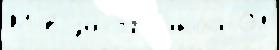
М в застро́йкой ОЛ